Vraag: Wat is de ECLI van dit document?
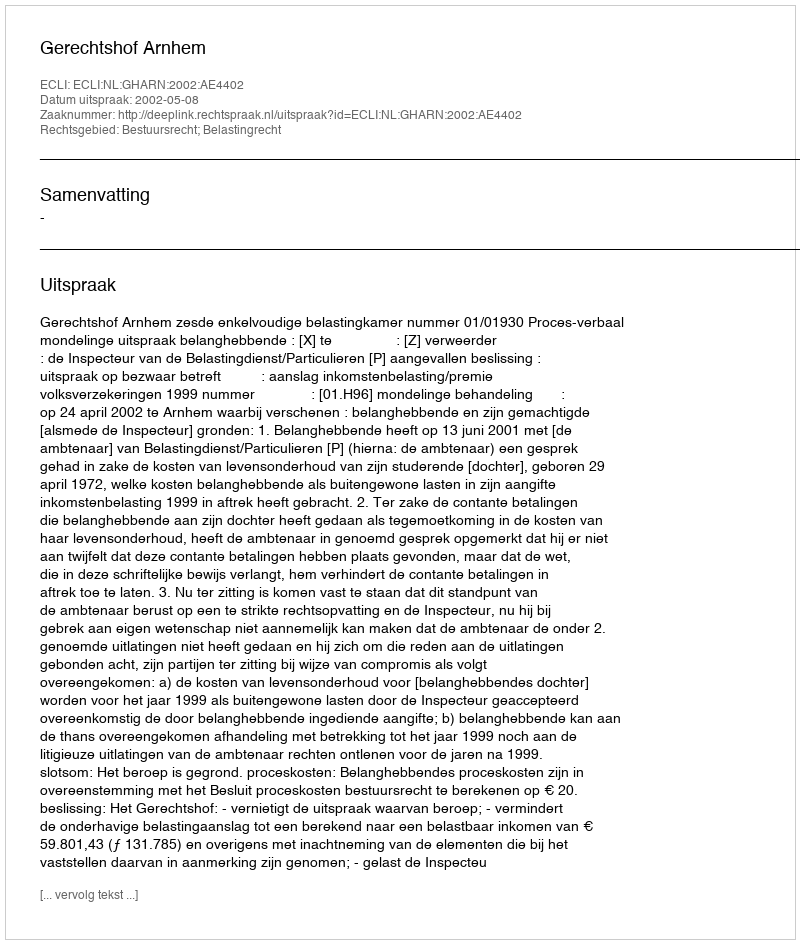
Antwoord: ECLI:NL:GHARN:2002:AE4402